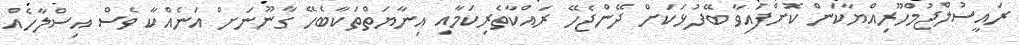
ރައީސުލްޖުމްހޫރިއްޔާކަން ކޮށްފައިވާ ބޭފުޅަކަށް ދޭންޖެހޭ ރައްކާތެރިކަމާއި އިނާޔަތްތަކާބެހޭ ގާނޫނަށް އަނެއްކާ ވެސް އިސްލާހެއް